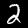
Digit: 2